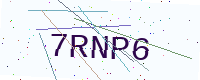
Text: 7RNP6